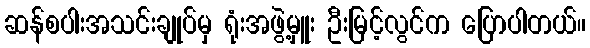
ဆန်စပါးအသင်းချုပ်မှ ရုံးအဖွဲ့မှူး ဦးမြင့်လွင်က ပြောပါတယ်။